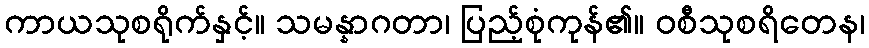
ကာယသုစရိုက်နှင့်။ သမန္နာဂတာ၊ ပြည့်စုံကုန်၏။ ဝစီသုစရိတေန၊